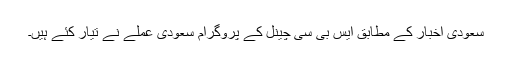
سعودی اخبار کے مطابق ایس بی سی چینل کے پروگرام سعودی عملے نے تیار کئے ہیں۔